Indian journal of veterinary science and animal husbandry - Volume 5,
Year: 1935
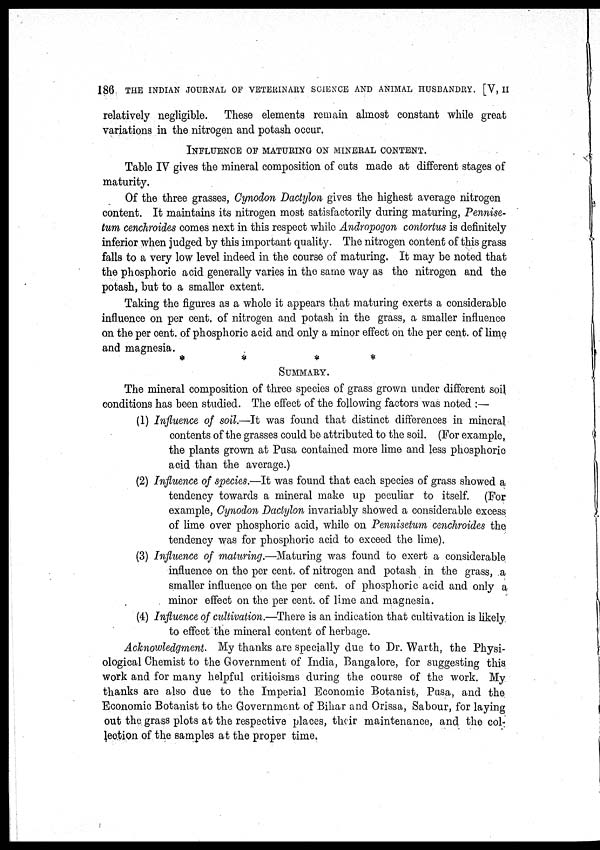
186 THE INDIAN JOURNAL OF VETERINARY SCIENCE AND ANIMAL HUSBANDRY. [V, II
relatively negligible. These elements remain almost constant while great
variations in the nitrogen and potash occur.
INFLUENCE OF MATURING ON MINERAL CONTENT.
Table IV gives the mineral composition of cuts made at different stages of
maturity.
Of the three grasses, Cynodon Dactylon gives the highest average nitrogen
content. It maintains its nitrogen most satisfactorily during maturing, Pennise-
tum cenchroides comes next in this respect while Andropogon contortus is definitely
inferior when judged by this important quality. The nitrogen content of this grass
falls to a very low level indeed in the course of maturing. It may be noted that
the phosphoric acid generally varies in the same way as the nitrogen and the
potash, but to a smaller extent.
Taking the figures as a whole it appears that maturing exerts a considerable
influence on per cent. of nitrogen and potash in the grass, a smaller influence
on the per cent. of phosphoric acid and only a minor effect on the per cent. of lime
and magnesia.
*
*
*
*
SUMMARY.
The mineral composition of three species of grass grown under different soil
conditions has been studied. The effect of the following factors was noted :—
(1) Influence of soil.—It was found that distinct differences in mineral
contents of the grasses could be attributed to the soil. (For example,
the plants grown at Pusa contained more lime and less phosphoric
acid than the average.)
(2) Influence of species.—It was found that each species of grass showed a
tendency towards a mineral make up peculiar to itself. (For
example, Cynodon Dactylon invariably showed a considerable excess
of lime over phosphoric acid, while on Pennisetum cenchroides the
tendency was for phosphoric acid to exceed the lime).
(3) Influence of maturing.—Maturing was found to exert a considerable
influence on the per cent. of nitrogen and potash in the grass, a
smaller influence on the per cent. of phosphoric acid and only a
minor effect on the per cent. of lime and magnesia.
(4) Influence of cultivation.—There is an indication that cultivation is likely
to effect the mineral content of herbage.
Acknowledgment. My thanks are specially due to Dr. Warth, the Physi-
ological Chemist to the Government of India, Bangalore, for suggesting this
work and for many helpful criticisms during the course of the work. My
thanks are also due to the Imperial Economic Botanist, Pusa, and the
Economic Botanist to the Government of Bihar and Orissa, Sabour, for laying
out the grass plots at the respective places, their maintenance, and the col-
lection of the samples at the proper time.